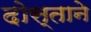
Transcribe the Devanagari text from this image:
दोस्ताने